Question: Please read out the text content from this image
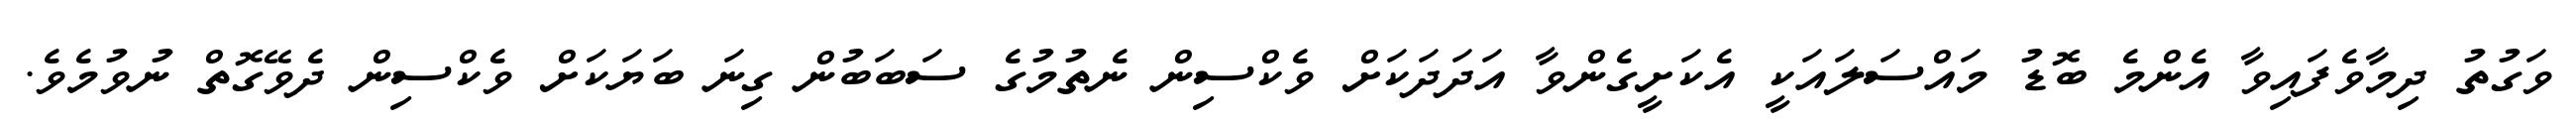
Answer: ވަގުތު ދިމާވެފައިވާ އެންމެ ބޮޑު މައްސަލައަކީ އެކަށީގެންވާ އަދަދަކަށް ވެކްސިން ނެތުމުގެ ސަބަބުން ގިނަ ބަޔަކަށް ވެކްސިން ދެވޭގޮތް ނުވުމެވެ.